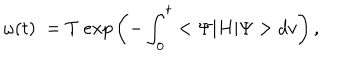
LaTeX: { \omega } ( t ) \; = T \ e x p \left( - \int _ { 0 } ^ { t } < \Psi | H | \Psi > d v \right) ,